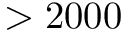
> 2 0 0 0